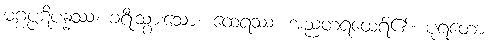
မဂ္ဂပ္ပဋိပန္နဿ၊ ခရီးသွားသော။ ထေရဿ၊ အညတရထေရ်၏။ ပုရတော၊